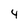
Character: 4